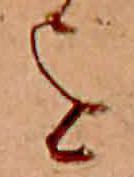
を